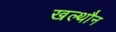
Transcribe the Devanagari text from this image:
खल्थौन